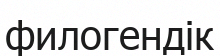
филогендік